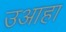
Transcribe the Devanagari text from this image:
उआहा